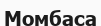
Момбаса